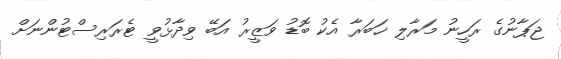
ޖަޕާނުގެ ރަހީނު މަރާލި ޚަބަރާ އެކު ބޮޑު ވަޒީރު އަބޭ ވިދާޅުވީ ޓެރަރިސްޓުންނަށް